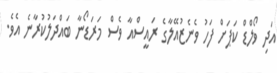
އަދި ވޯލްޑް ކަޕަށް ފަހު ވެނެޒުއޭލާގެ ރައީސްއާ ވެސް މަރަޑޯނާ ބައްދަލުކުރާނެ އެވެ.